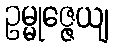
ဥမ္မုဇ္ဇေယျ